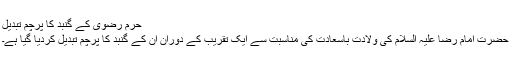
حرم رضوی کے گنبد کا پرچم تبدیل
حضرت امام رضا علیہ السلام کی ولادت باسعادت کی مناسبت سے ایک تقریب کے دوران ان کے گنبد کا پرچم تبدیل کردیا گيا ہے۔